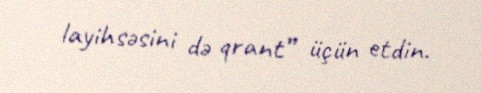
layihsəsini də qrant” üçün etdin.